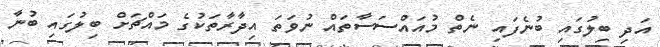
އަދި ބިލުގައި ބުނެފައި ނެތް މުއައްސަސާތައް ނުވަތަ އިދާރާތަކުގެ މައްޗަށް ބިލުގައި ބުނާ